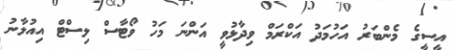
އީސީގެ މެންބަރު އަހުމަދު އަކްރަމް ވިދާޅުވީ އަންނަ މަހު ވޯޓާސްް ލިސްޓް އިއުލާނު